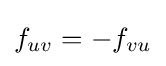
f_{uv}=-f_{vu}